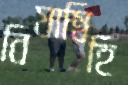
বিযাম্বিহি